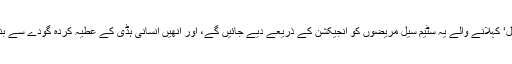
’سٹرومل سیل‘ کہلانے والے یہ سٹیم سیل مریضوں کو انجیکشن کے ذریعے دیے جائیں گے، اور انھیں انسانی ہڈی کے عطیہ کردہ گودے سے بنایا جاتا ہے۔